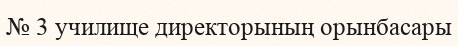
№ 3 училище директорының орынбасары